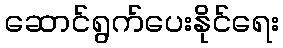
ဆောင်ရွက်ပေးနိုင်ရေး